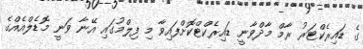
ގެ ޑައިރެކްޓަރު ރާމް މާދްވާނީ ޑައިރެކްޓްކޮށްފައިވާ މި ފިލްމުގައި އޭނާ ވަނީ މޮޑެލްއެއްގެ